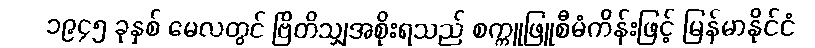
၁၉၄၅ ခုနှစ် မေလတွင် ဗြိတိသျှအစိုးရသည် စက္ကူဖြူစီမံကိန်းဖြင့် မြန်မာနိုင်ငံ